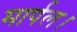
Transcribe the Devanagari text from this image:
मार्पल।